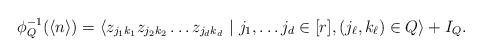
LaTeX: \begin{align*}\phi_Q^{-1}(\langle n \rangle) = \langle z_{j_1 k_1} z_{j_2 k_2} \ldots z_{j_d k_d} ~|~ j_1, \ldots j_d \in [r], (j_\ell, k_\ell) \in Q \rangle + I_Q.\end{align*}